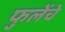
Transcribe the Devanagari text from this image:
फुलेंचे